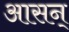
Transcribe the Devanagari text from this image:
आसन्